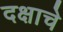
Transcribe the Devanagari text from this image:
दक्षाचे